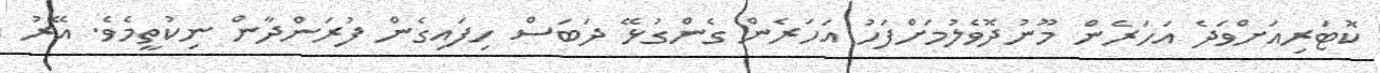
ކޮޓަރިއަށްވަދެ އަހަރެން މޫނުދޮވެލުމަށްފަހު އަހަރެން ގެންގުޅޭ ދަބަސް ހިފައިގެން ފުރަންދާން ނިކުތީމެވެ. އޭރު